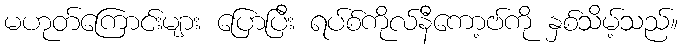
မဟုတ်ကြောင်းများ ပြောပြီး ရပ်စ်ကိုလ်နီကော့ဗ်ကို နှစ်သိမ့်သည်။